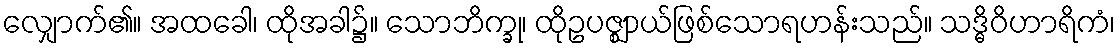
လျှောက်၏။ အထခေါ၊ ထိုအခါ၌။ သောဘိက္ခု၊ ထိုဥပဇ္ဈာယ်ဖြစ်သောရဟန်းသည်။ သဒ္ဓိဝိဟာရိကံ၊